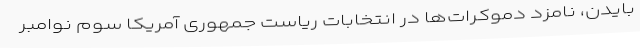
بایدن، نامزد دموکرات‌ها در انتخابات ریاست جمهوری آمریکا سوم نوامبر